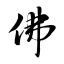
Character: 佛